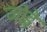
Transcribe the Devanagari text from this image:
जो़ड़े